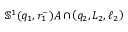
\mathbb { S } ^ { 1 } ( q _ { 1 } , r _ { 1 } ^ { - } ) A \cap \! \left( q _ { 2 } , L _ { 2 } , \ell _ { 2 } \right)